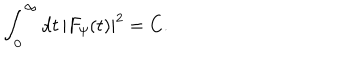
LaTeX: \int _ { 0 } ^ { \infty } \mathrm { d } t \, | F _ { \psi } ( t ) | ^ { 2 } = C .